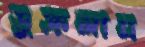
ডুক্‌রলাম